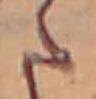
た